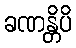
ခဏန္တိပိ